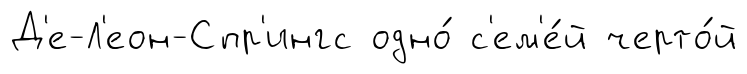
Д'е-Л'еон-Спр'ингс одно́ с'ем'е́й черто́й